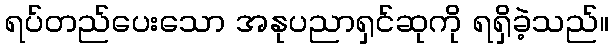
ရပ်တည်ပေးသော အနုပညာရှင်ဆုကို ရရှိခဲ့သည်။